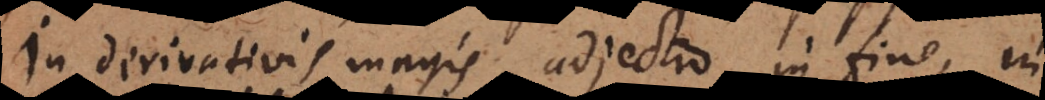
In derivativis magis adjectio in fine, in